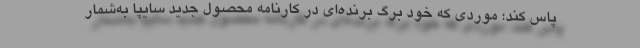
پاس کند؛ موردی که خود برگ برنده‌ای در کارنامه محصول جدید سایپا به‌شمار